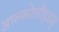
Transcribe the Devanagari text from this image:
आल्कोलौइ्डस्